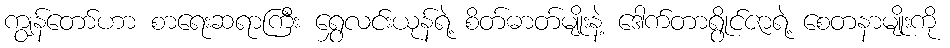
ကျွန်တော်ဟာ စာရေးဆရာကြီး ရွှေလင်းယုန်ရဲ့ စိတ်ဓာတ်မျိုးနဲ့ ဒေါက်တာရွိုင်ဇာရဲ့ စေတနာမျိုးကို